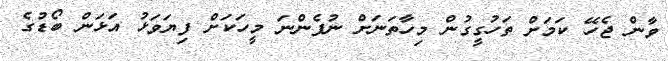
ވާން ޖެހޭ ކަމަށް ތަހުގީގުން މިހާތަނަށް ނުފެންނަ މީހަކަށް ފިޔަވަޅު އަޅަން ބޯޑުގެ